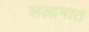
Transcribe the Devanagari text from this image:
सलामात